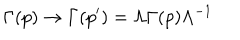
\Gamma ( p ) \rightarrow \Gamma ( p ^ { \prime } ) = \Lambda \Gamma ( p ) \Lambda ^ { - 1 }